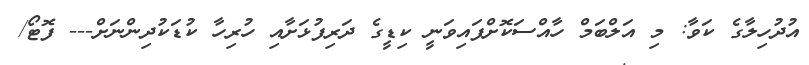
އުދުހިލާގެ ކަވާ: މި އަލްބަމް ހާއްސަކޮށްފައިވަނީ ކިޑީގެ ދަރިފުޅަށާއި ހުރިހާ ކުޑަކުދިންނަށް--- ފޮޓޯ/